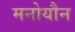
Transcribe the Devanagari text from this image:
मनोयौन